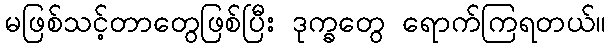
မဖြစ်သင့်တာတွေဖြစ်ပြီး ဒုက္ခတွေ ရောက်ကြရတယ်။